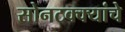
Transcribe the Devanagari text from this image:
सोनटक्क्यांचे